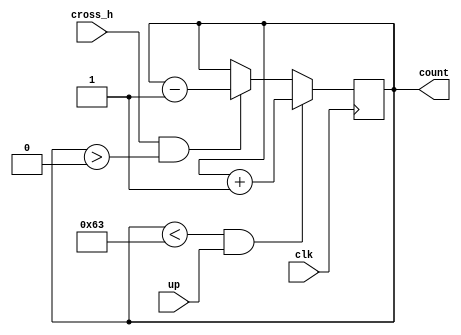
`timescale 1ns / 1ps
/*
Almacena la cantidad de autos en la calle horizontal. El valor count puede estar entre 0 y 99.
*/
module counter_h(
    input clk,
    input up,
    input cross_h,
    output [6:0]count
);

reg [6:0]cuenta;   
assign count = cuenta;
 
always @(posedge clk)
begin
if((cuenta <99) && up)
cuenta = cuenta + 1;
else if (cross_h &&(cuenta>0))
cuenta = cuenta - 1;
end    
endmodule